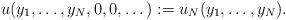
LaTeX: \begin{align*} u(y_1,\dots,y_N,0,0,\dots):= u_N(y_1,\dots,y_N). \end{align*}